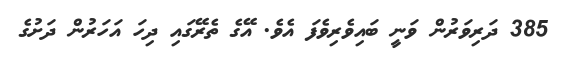
385 ދަރިވަރުން ވަނީ ބައިވެރިވެފަ އެވެ. އޭގެ ތެރޭގައި ދިހަ އަހަރުން ދަށުގެ